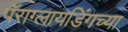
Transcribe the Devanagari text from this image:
पॅराग्लायडिंगच्या